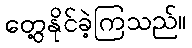
တွေ့နိုင်ခဲ့ကြသည်။